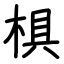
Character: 椇